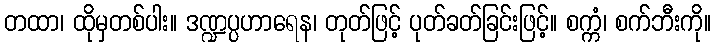
တထာ၊ ထိုမှတစ်ပါး။ ဒဏ္ဍပ္ပဟာရေန၊ တုတ်ဖြင့် ပုတ်ခတ်ခြင်းဖြင့်။ စက္ကံ၊ စက်ဘီးကို။